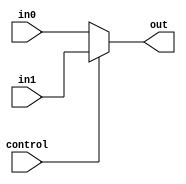
`timescale 1ns / 1ns
module Mux32(
    input control,
    input[31:0] in0,
    input[31:0] in1,
    output[31:0] out
);
// 32
    assign out=control?in1:in0;
endmodule